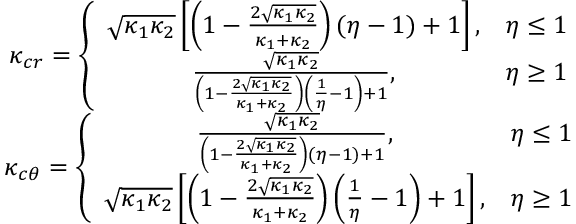
\begin{array} { c } { \kappa _ { c r } = \left\lbrace \begin{array} { c c } { \sqrt { \kappa _ { 1 } \kappa _ { 2 } } \left[ \left( 1 - \frac { 2 \sqrt { \kappa _ { 1 } \kappa _ { 2 } } } { \kappa _ { 1 } + \kappa _ { 2 } } \right) ( \eta - 1 ) + 1 \right] , } & { \eta \le 1 } \\ { \frac { \sqrt { \kappa _ { 1 } \kappa _ { 2 } } } { \left( 1 - \frac { 2 \sqrt { \kappa _ { 1 } \kappa _ { 2 } } } { \kappa _ { 1 } + \kappa _ { 2 } } \right) \left( \frac { 1 } { \eta } - 1 \right) + 1 } , } & { \eta \ge 1 } \end{array} \right. } \\ { \kappa _ { c \theta } = \left\lbrace \begin{array} { c c } { \frac { \sqrt { \kappa _ { 1 } \kappa _ { 2 } } } { \left( 1 - \frac { 2 \sqrt { \kappa _ { 1 } \kappa _ { 2 } } } { \kappa _ { 1 } + \kappa _ { 2 } } \right) ( \eta - 1 ) + 1 } , } & { \eta \le 1 } \\ { \sqrt { \kappa _ { 1 } \kappa _ { 2 } } \left[ \left( 1 - \frac { 2 \sqrt { \kappa _ { 1 } \kappa _ { 2 } } } { \kappa _ { 1 } + \kappa _ { 2 } } \right) \left( \frac { 1 } { \eta } - 1 \right) + 1 \right] , } & { \eta \ge 1 } \end{array} \right. } \end{array}